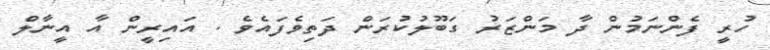
ހުރީ ފެންނަމުން ދާ މަންޒަރު ގަބޫލުކުރަން ދަތިވެފައެވެ . އައިރީން އާ އީނާލް